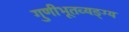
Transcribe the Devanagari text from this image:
गुणीभूतव्यङ्ग्य